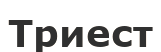
Триест